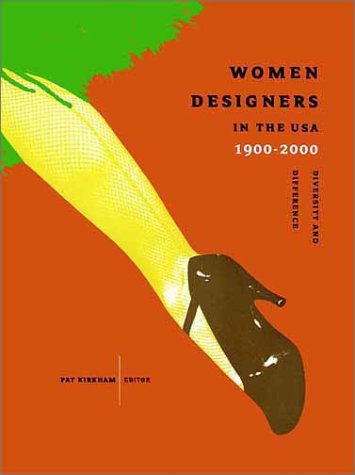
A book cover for Women Designers in the USA, 1900-2000: Diversity and Difference (Bard Graduate Center for Studies in the Decorative Arts, Design & Culture); Politics & Social Sciences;